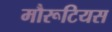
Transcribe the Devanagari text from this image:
मौरूटियस